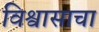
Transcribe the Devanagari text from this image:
विश्वासाचा